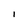
Character: i